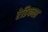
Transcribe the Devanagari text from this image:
रेडिफला